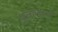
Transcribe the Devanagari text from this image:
धुतल्याने